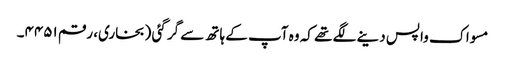
مسواک واپس دینے لگے تھے کہ وہ آپ کے ہاتھ سے گر گئی (بخاری، رقم ۴۴۵۱۔